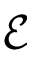
\mathcal E